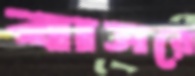
বাসরে